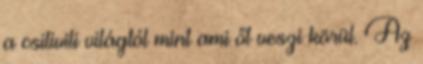
a csilivili világtól mint ami őt veszi körül. Az